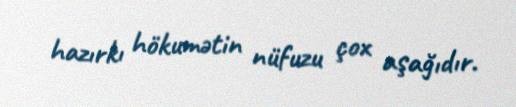
hazırkı hökumətin nüfuzu çox aşağıdır.